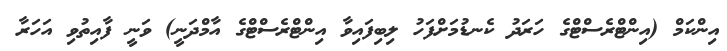
އިންކަމް (އިންޓްރެސްޓްގެ ހަރަދު ކެނޑުމަށްފަހު ލިބިފައިވާ އިންޓްރެސްޓްގެ އާމްދަނީ) ވަނީ ފާއިތުވި އަހަރާ